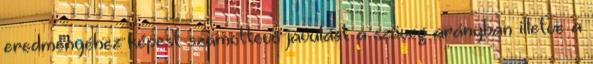
eredményéhez képest számottevő javulást a szöveg arányban illetve a